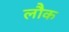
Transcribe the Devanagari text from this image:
लौक